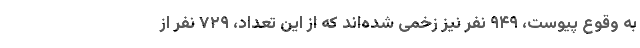
به وقوع پیوست، ۹۴۹ نفر نیز زخمی شده‌اند که از این تعداد، ۷۲۹ نفر از